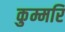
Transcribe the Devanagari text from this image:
कुम्मरि